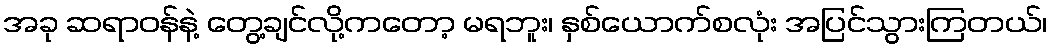
အခု ဆရာဝန်နဲ့ တွေ့ချင်လို့ကတော့ မရဘူး၊ နှစ်ယောက်စလုံး အပြင်သွားကြတယ်၊